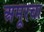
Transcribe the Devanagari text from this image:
अमूरचा